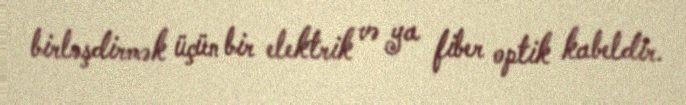
birləşdirmək üçün bir elektrik və ya fiber optik kabeldir.